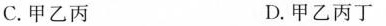
C.甲乙丙 D.甲乙丙丁